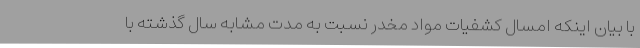
با بیان اینکه امسال کشفیات مواد مخدر نسبت به مدت مشابه سال گذشته با